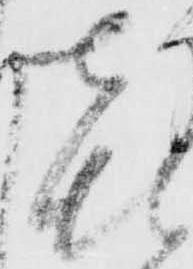
喜